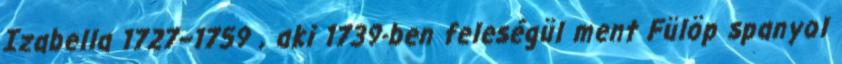
Izabella 1727–1759 , aki 1739-ben feleségül ment Fülöp spanyol